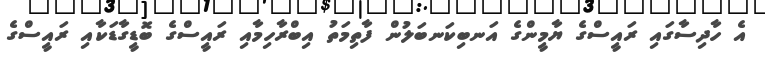
އެ ހާދިސާގައި ރައީސްގެ ޔާމީންގެ އަނބިކަނބަލުން ފާތިމަތު އިބްރާހިމާއި ރައީސްގެ ބޮޑީގާޑަކާއި ރައީސްގެ